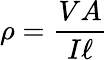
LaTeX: \rho={\frac{VA}{I\ell}}